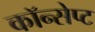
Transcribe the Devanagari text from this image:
कॉन्‍सेप्‍ट